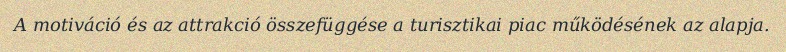
A motiváció és az attrakció összefüggése a turisztikai piac működésének az alapja.